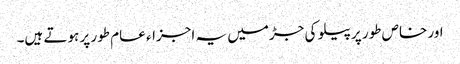
اور خاص طور پر پیلو کی جڑمیں یہ اجزاء عام طور پر ہوتے ہیں۔